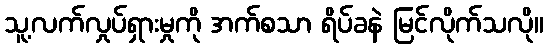
သူ့လက်လှုပ်ရှားမှုကို အက်စသာ ရိပ်ခနဲ မြင်လိုက်သလို။